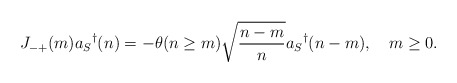
\begin{align*}J_{-+}(m)a_S{}^{\dag}(n) = -\theta(n \ge m) \sqrt{\frac {n-m}{n}} a_S{}^{\dag}(n-m),\quad m\ge 0.\end{align*}